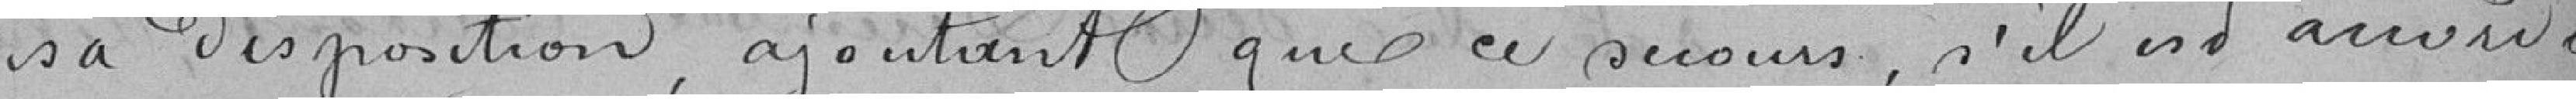
sa disposition ajoutant que ce secours, s'il est accordé,